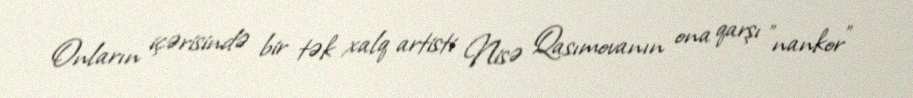
Onların içərisində bir tək xalq artisti Nisə Qasımovanın ona qarşı "nankor"